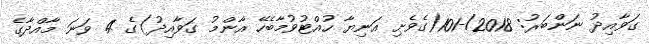
ގަވާއިދު ނަންބަރު: 2018/-101(ގެވެށި އަނިޔާ ހުއްޓުވުމާބެހޭ އާންމު ގަވާއިދު)ގެ 4 ވަނަ މާއްދާގެ